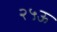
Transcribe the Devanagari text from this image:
२५ऊ